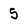
Character: 5